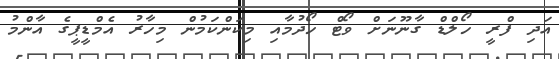
އަދި ފްރީ ހޯލްޑް ގާނޫނަށް ވޯޓް ހޯދުމާއި މިކަންކަމުން މިހާރު އެމްޑީޕީގެ އާންމު